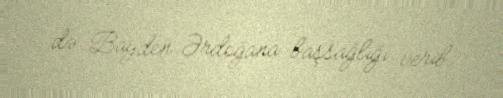
də Bayden Ərdoğana başsağlığı verib.